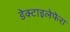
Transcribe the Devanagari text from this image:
डेक्टाइलेफेरा